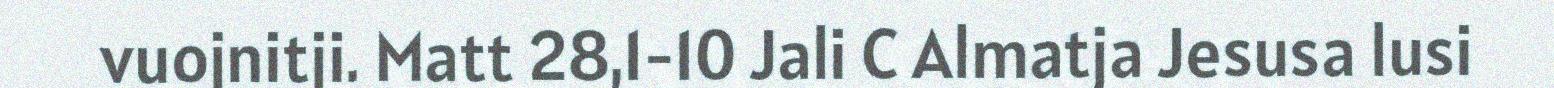
vuojnitji. Matt 28,1-10 Jali C Almatja Jesusa lusi